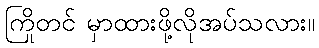
ကြိုတင် မှာထားဖို့လိုအပ်သလား။